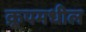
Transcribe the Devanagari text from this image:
क्रूपमधील